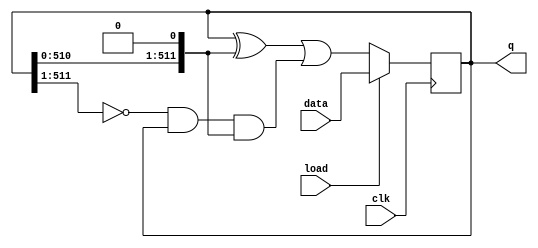
module top_module(
    input clk,
    input load,
    input [511:0] data,
    output [511:0] q );
    reg [511:0] q_temp;
    always @(posedge clk)begin
        if (load) q_temp <= data;
        else q_temp <= (q_temp ^ (q_temp<<1)) | ~(q_temp>>1)&q_temp&(q_temp<<1);
    end
    assign q = q_temp;
endmodule